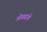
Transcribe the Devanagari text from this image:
ओढ्यांचे